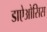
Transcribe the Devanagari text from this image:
डाऐओसिस